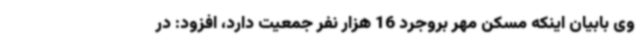
وی بابیان اینکه مسکن مهر بروجرد 16 هزار نفر جمعیت دارد، افزود: در